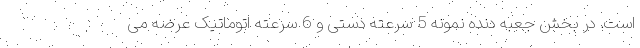
است. در بخش جعبه دنده نمونه 5 سرعته دستی و 6 سرعته اتوماتیک عرضه می